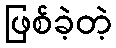
ဖြစ်ခဲ့တဲ့